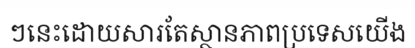
ៗនេះដោយសារតែស្ថានភាពប្រទេសយើង